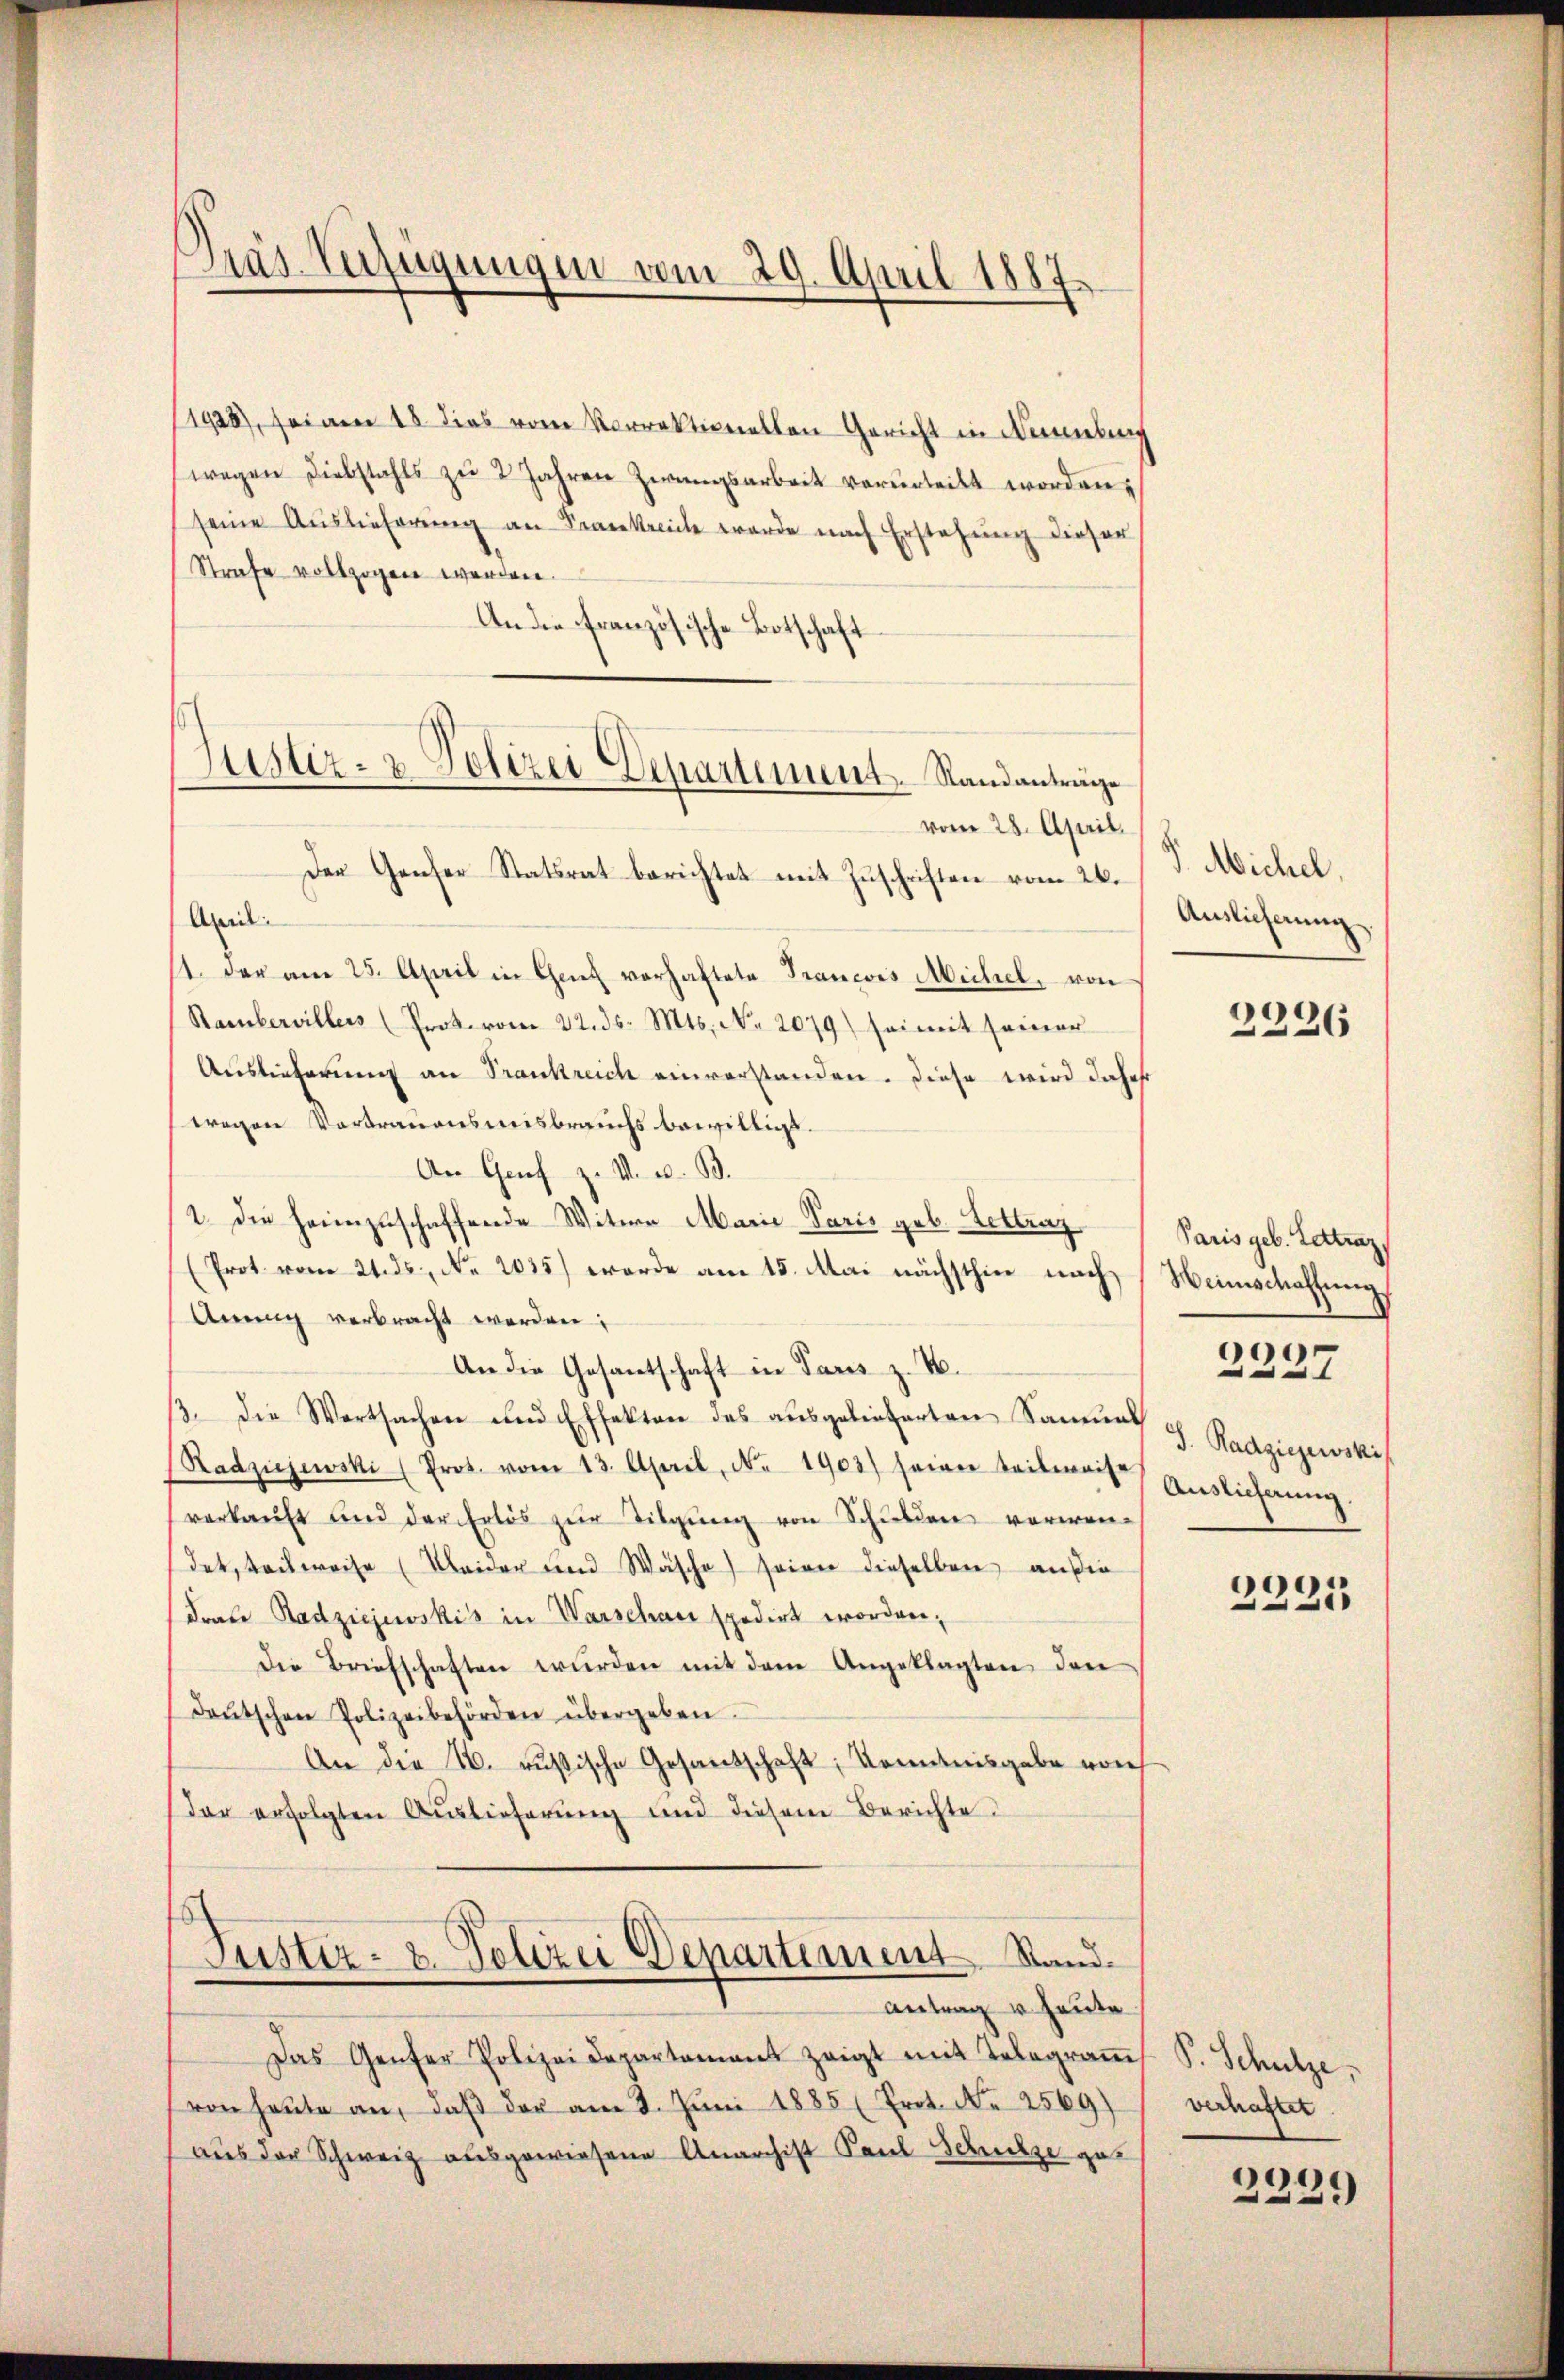
1928), sei am 18 dies vom Vorrektionellen Gericht in Nebens
wegen Diebstahls zu 2 Jahren Zwangsarbeit verurteilt worden.
seine Auslieferŭng an Sarkreiche werde nach Erstehung dieser
Strafe vollzogen werden.
An die Französische Botschaft
Justiz- & Polizei Departement Standanträge

Gräs-Verfügungen vom 29. April 1887.

vom 28. April.

Der Ganser Statsrat berichtet mit Zuschriften vom 26.
Ail.
1. der am 25. April in Genf vorhaftete Francois Michel, von
Rambervillers (Prote vom 22. ds. Mts. No. 2079) sei mit seiner
Auslieferung an Frankreich einverstanden. Diese wird daher
wegen Vortrauensmisbrauchs bewilligt.
An Genf z. M. v. B.
1. Die heimzuschaffende Witwe Marie Paris geb. Lettrag
(Prot. vom 21. ds. No. 2035) werde am 15. Mai nächsthin nach Weinschaffung
Annng verbracht werden:
An die Gesantschaft in Paris z. B.
3. Die Wortsachen und Effekten des ausgelieferten Sammes J. Radziewski
Sadzujewski (Prot. vom 13. April, No 1902) seien teilweise Auslicherŭng.
verkauft und der Erlös zŭr Tilgung von Schulden verwen-
det, teilweise (Meider und Wäsche) seiner dieselben außer
Drate Radziejewskis in Warschau spedirt worden,
Die Briefschaften würden mit dem Angeklagten den
deŭtschen Polizeibehörden übergeben.
An die N. russische Gesandschaft, Kenntnisgabe vorh
der erfolgten Auslieferung und diesem Berichte

Justiz- & Polizei Departement Stand.
Antrag u. heute.

Das Genfer Polizeidepartament zeigt mit Telegraṁs P. Schütze,
von heŭte an, daβ der am 8. Jŭni 1885 (Prot. N. 2569)
aus der Schweiz ausgewiesene Anarchist Paul Schulze get

V. Michel,
Auslicherung.

2226

Paris geb. Lettraz

2237

2231

verhaftet.

2239